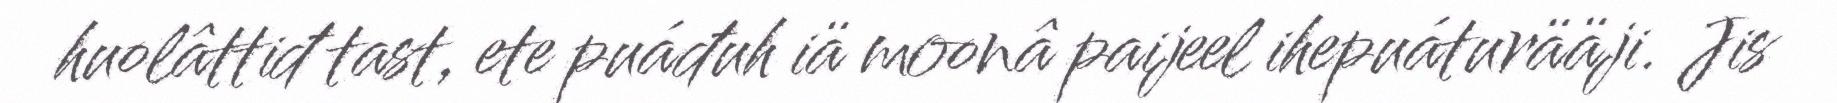
huolâttiđ tast, ete puáđuh iä moonâ paijeel ihepuáturääji. Jis